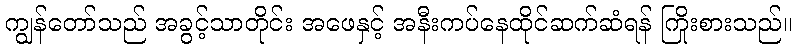
ကျွန်တော်သည် အခွင့်သာတိုင်း အဖေနှင့် အနီးကပ်နေထိုင်ဆက်ဆံရန် ကြိုးစားသည်။